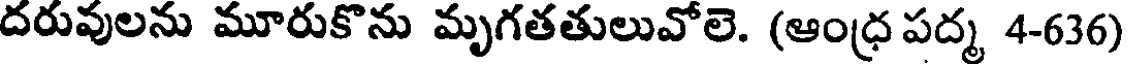
దరువులను మూరుకొను మృగతతులువోలె. (ఆంధ్ర పద్మ 4-636)